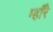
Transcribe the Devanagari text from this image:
म्हाँरे